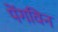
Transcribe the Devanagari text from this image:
पेंगविन